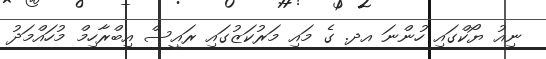
ނިއު ޔޯކްގައި ހުންނަ އދ. ގެ މައި މަރުކަޒުގަައި ރައީސް އިބްރާހިމް މުހައްމަދު